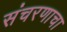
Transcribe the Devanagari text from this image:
संचरणाचा